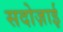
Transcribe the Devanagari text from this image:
सदोज़ाई